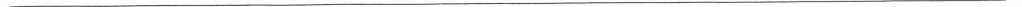
___